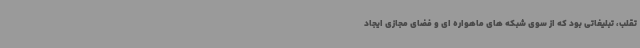
تقلب، تبلیغاتی بود که از سوی شبکه های ماهواره ای و فضای مجازی ایجاد